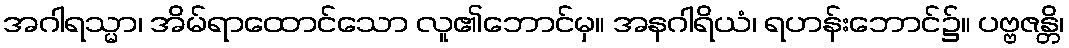
အဂါရသ္မာ၊ အိမ်ရာထောင်သော လူ၏ဘောင်မှ။ အနဂါရိယံ၊ ရဟန်းဘောင်၌။ ပဗ္ဗဇန္တိ၊